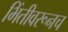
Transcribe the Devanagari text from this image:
भिंतीवरूनच